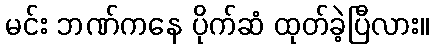
မင်း ဘဏ်ကနေ ပိုက်ဆံ ထုတ်ခဲ့ပြီလား။